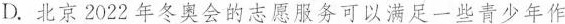
D.北京2022年冬奥会的志愿服务可以满足一些青少年作